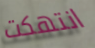
انتهكت